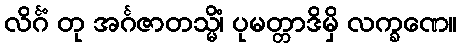
လိင်္ဂံ တု အင်္ဂဇာတသ္မိံ၊ ပုမတ္တာဒိမှိ လက္ခဏေ။